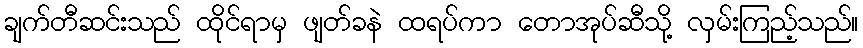
ချက်တီဆင်းသည် ထိုင်ရာမှ ဖျတ်ခနဲ ထရပ်ကာ တောအုပ်ဆီသို့ လှမ်းကြည့်သည်။